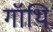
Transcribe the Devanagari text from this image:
गॉथि